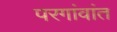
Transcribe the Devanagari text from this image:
परगांवांत